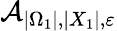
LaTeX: \mathcal{A}_{|\Omega_{1}|,|X_{1}|,\varepsilon}